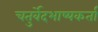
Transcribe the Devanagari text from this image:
चतुर्वेदभाष्यकर्ता